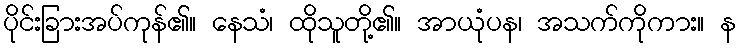
ပိုင်းခြားအပ်ကုန်၏။ နေသံ၊ ထိုသူတို့၏။ အာယုံပန၊ အသက်ကိုကား။ န